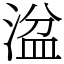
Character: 湓